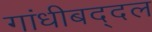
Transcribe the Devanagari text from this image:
गांधीबद्दल